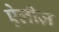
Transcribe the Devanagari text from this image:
ऐलीज़